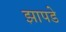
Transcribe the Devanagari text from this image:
झापडे